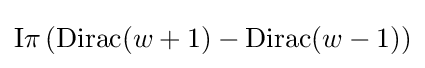
\mathrm {I} \pi \,(\mathrm {Dirac} (w+1)-\mathrm {Dirac} (w-1))